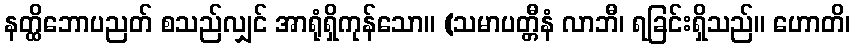
နတ္ထိဘောပညတ် စသည်လျှင် အာရုံရှိကုန်သော။ (သမာပတ္တီနံ လာဘီ၊ ရခြင်းရှိသည်။ ဟောတိ၊